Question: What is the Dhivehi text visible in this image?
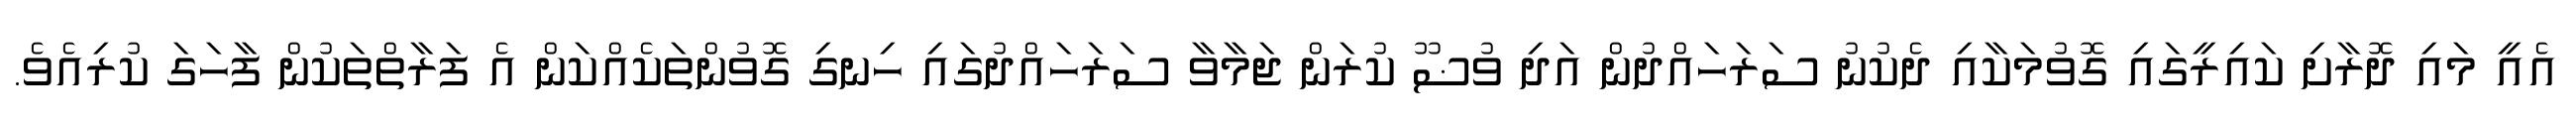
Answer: އެއީ މައި ދޮރާށި ކައިރީގައި ގޮވުމަކާއި ދެކުނު ސަރަހައްދުން އަދި ވުޟޫ ކުރަން ޖަމާވާ ސަރަހައްދުގައި ހިނގި ގޮވުންތަކެއްކަން އެ ފަރާތްތަކުން ފާހަގަ ކުރިއެވެ.